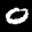
Label: 0